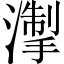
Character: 𪷘